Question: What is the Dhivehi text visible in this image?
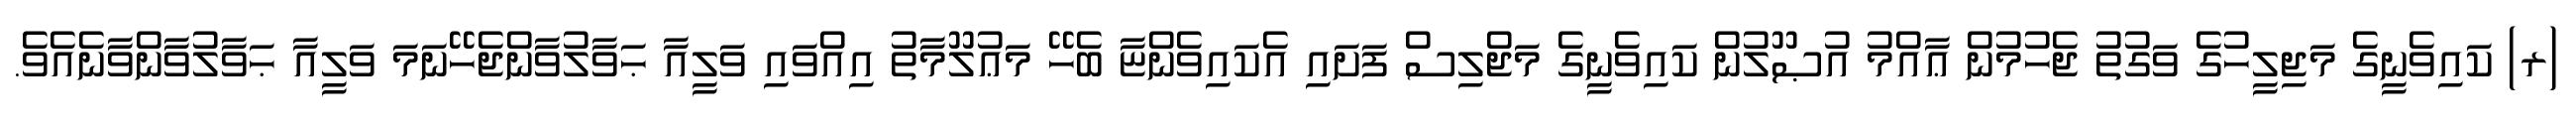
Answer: (ރ) ކައިވެނީގެ މަޖިލީހުގެ ވަގުތު ޖެހުމުން ޢާއްމު އުޞޫލުން ކައިވެނީގެ މަޖްލިސް ފަށައި އެކައިވެންޏާ ބެހޭ މަޢުލޫމާތު އިއްވައި ވަލީއާ ޙަވާލުވާންޖެހޭނަމަ ވަލީއާ ޙަވާލުވާންވާނެއެވެ.